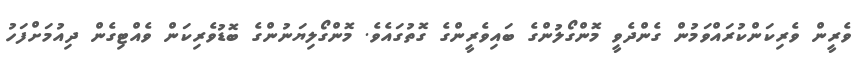
ވެރީން ވެރިކަންކުރައްވަމުން ގެންދެވީ މޮންގޯލުންގެ ބައިވެރީންގެ ގޮތުގައެވެ. މޮންގޯލިޔަނުންގެ ބޮޑުވެރިކަން ވެއްޓިގެން ދިއުމަށްފަހު